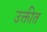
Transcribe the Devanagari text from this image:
उक्तीत